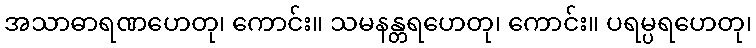
အသာဓာရဏဟေတု၊ ကောင်း။ သမနန္တရဟေတု၊ ကောင်း။ ပရမ္ပရဟေတု၊